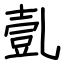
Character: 亄